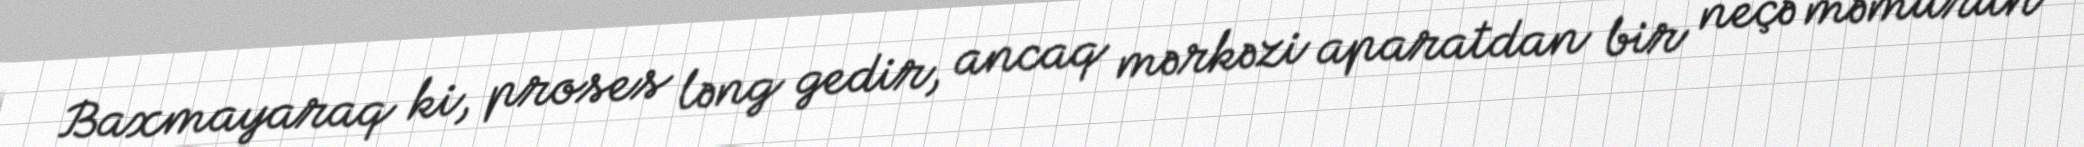
Baxmayaraq ki, proses ləng gedir, ancaq mərkəzi aparatdan bir neçə məmurun